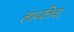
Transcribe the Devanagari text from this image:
लाय्कीचा